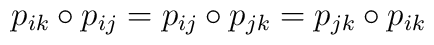
p_{ik} \circ p_{ij} = p_{ij} \circ p_{jk} = p_{jk} \circ p_{ik}